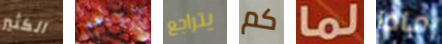
الكثير أولادهم يتراجع كم لما ماذا